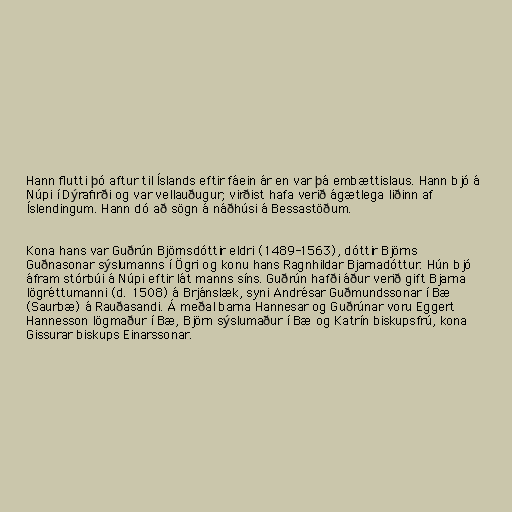
Hann flutti þó aftur til Íslands eftir fáein ár en var þá embættislaus. Hann bjó á
Núpi í Dýrafirði og var vellauðugur; virðist hafa verið ágætlega liðinn af
Íslendingum. Hann dó að sögn á náðhúsi á Bessastöðum.

Kona hans var Guðrún Björnsdóttir eldri (1489-1563), dóttir Björns
Guðnasonar sýslumanns í Ögri og konu hans Ragnhildar Bjarnadóttur. Hún bjó
áfram stórbúi á Núpi eftir lát manns síns. Guðrún hafði áður verið gift Bjarna
lögréttumanni (d. 1508) á Brjánslæk, syni Andrésar Guðmundssonar í Bæ
(Saurbæ) á Rauðasandi. Á meðal barna Hannesar og Guðrúnar voru Eggert
Hannesson lögmaður í Bæ, Björn sýslumaður í Bæ og Katrín biskupsfrú, kona
Gissurar biskups Einarssonar.